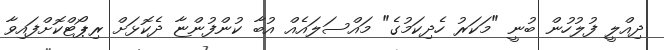
ދިއްލީ ފުލުހުން ބުނީ "މަކަރު ހެދިކަމުގެ" މައްސަލައެއް އުބާ ކުންފުންޏާ ދެކޮޅަށް ރިޕޯޓްކޮށްފައިވާ